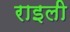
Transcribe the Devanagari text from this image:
राइली